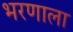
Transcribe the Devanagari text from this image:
भरणाला